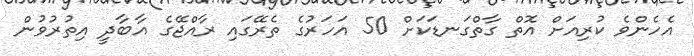
އެހެންވެ ކުރިއަށް އޮތް ގާތްގަނޑަކަށް 50 އަހަރުގެ ތެރޭގައި ރާއްޖޭގެ އާބާދީ އިތުރުވުން